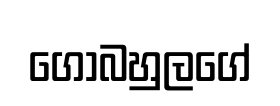
ගෝබහුලගේ